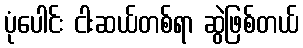
ပုံပေါင်း ငါးဆယ်တစ်ရာ ဆွဲဖြစ်တယ်